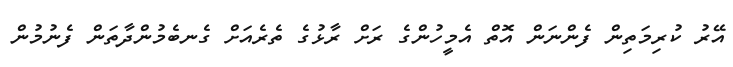
އޭރު ކުރިމަތިން ފެންނަން އޮތް އެމީހުންގެ ރަށް ރާޅުގެ ތެރެއަށް ގެނބެމުންދާތަން ފެނުމުން